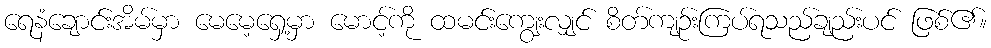
ရေနံချောင်းအိမ်မှာ မေမေ့ရှေ့မှာ မောင့်ကို ထမင်းကျွေးလျှင် စိတ်ကျဉ်းကြပ်ရသည်ချည်းပင် ဖြစ်၏။